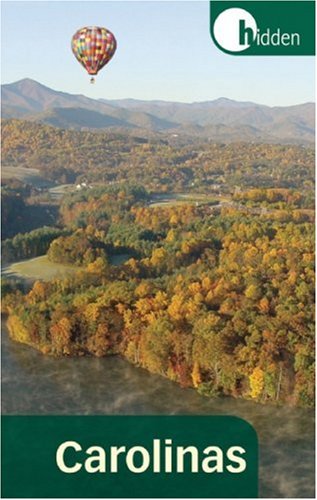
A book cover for Hidden Carolinas: Including Asheville, Great Smoky Mountains, Outer Banks, and Charleston (Hidden Travel); Catherine O'Neal; Travel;